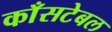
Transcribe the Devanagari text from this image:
काँसटेबल